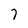
Character: 7